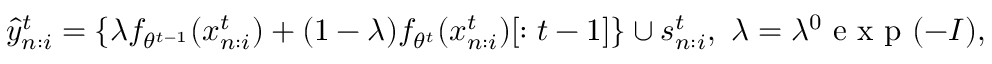
\begin{array} { r } { \hat { y } _ { n : i } ^ { t } = \{ \lambda f _ { \theta ^ { t - 1 } } ( x _ { n : i } ^ { t } ) + ( 1 - \lambda ) f _ { \theta ^ { t } } ( x _ { n : i } ^ { t } ) [ : t - 1 ] \} \cup s _ { n : i } ^ { t } , ~ \lambda = \lambda ^ { 0 } \mathrm { ~ e ~ x ~ p ~ } ( - I ) , } \end{array}